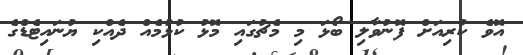
އޮވެ ކުރިއަށް ފޮނުވާލި ބޯޅަ މި މެޗުގައި މޮޅު ކުޅުމެއް ދެއްކި ޔުނައިޓެޑްގެ